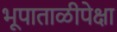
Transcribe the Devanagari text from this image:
भूपाताळीपेक्षा